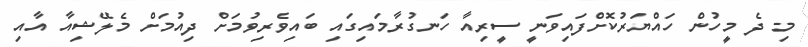
މި ދެ މީހުން ހައްޔަރުކޮށްފައިވަނީ ސީރިއާ ހަނގުރާމައިގައި ބައިވެރިވުމަށް ދިއުމަށް މެލޭޝިއާ އާއި